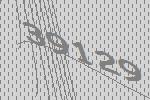
39129